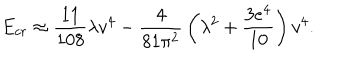
E _ { c r } \approx { \frac { 1 1 } { 1 0 8 } } \lambda v ^ { 4 } - { \frac { 4 } { 8 1 \pi ^ { 2 } } } \left( \lambda ^ { 2 } + { \frac { 3 e ^ { 4 } } { 1 0 } } \right) v ^ { 4 } .